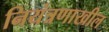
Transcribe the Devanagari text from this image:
नियंत्रणाखील